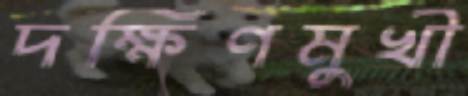
দক্ষিণমুখী